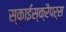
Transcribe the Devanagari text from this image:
स्काईस्क्रैपर्स